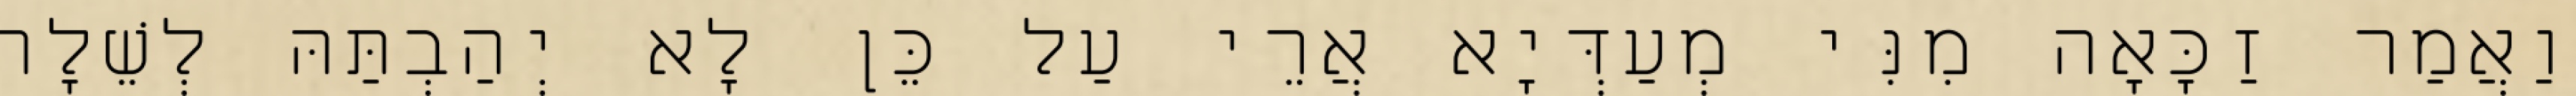
וַאֲמַר זַכָּאָה מִנִּי מְעַדְּיָא אֲרֵי עַל כֵּן לָא יְהַבְתַּהּ לְשֵׁלָה